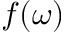
f ( \omega )